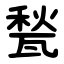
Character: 甃